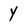
Character: Y